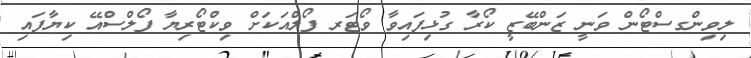
ލިވިންގސްޓޯން ވަނީ ޒަންބޭޒީ ކޯރާ ގުޅިފައިވާ ވޯޓަރ ފޯލްއަކަށް ވިކްޓޯރިޔާ ފޯލްސްއޭ ކިޔާފައި